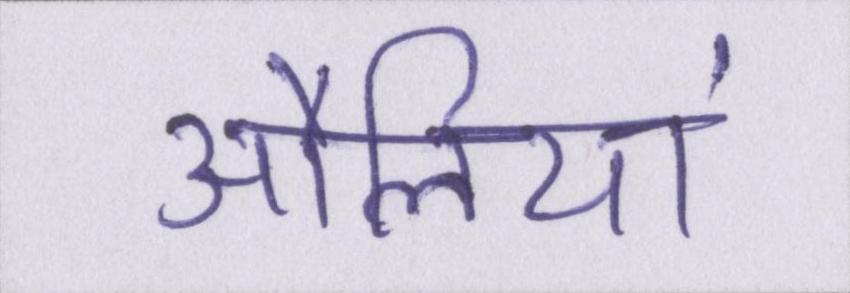
औलिया